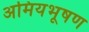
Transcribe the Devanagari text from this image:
अमियभूषण